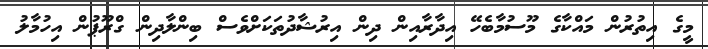
މީގެ އިތުރުން މައްކާގެ މޫސުމާބެހޭ އިދާރާއިން ދިން އިރުޝާދުތަކަށްވެސް ބިންލާދިން ގްރޫޕުން އިހުމާލު